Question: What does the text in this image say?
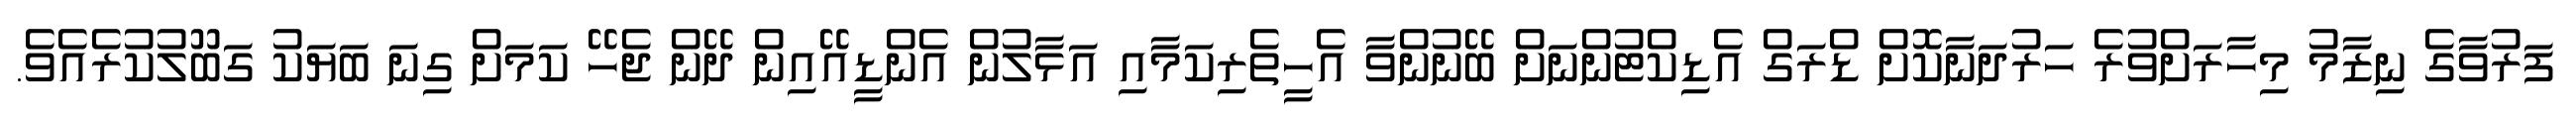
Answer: ފަރުވާގެ ނިޒާމު މިހާރަށްވުރެ ހަރުދަނާކޮށް ޑްރަގް އެޑިކްޓުންނަށް ބޭނުންވާ އެހީތެރިކަމާއި އަޅާލުން އެންޑީއޭއިން ދޭން ޖެހޭ ކަމަށް ގިނަ ބަޔަކު ގަބޫލުކުރެއެވެ.